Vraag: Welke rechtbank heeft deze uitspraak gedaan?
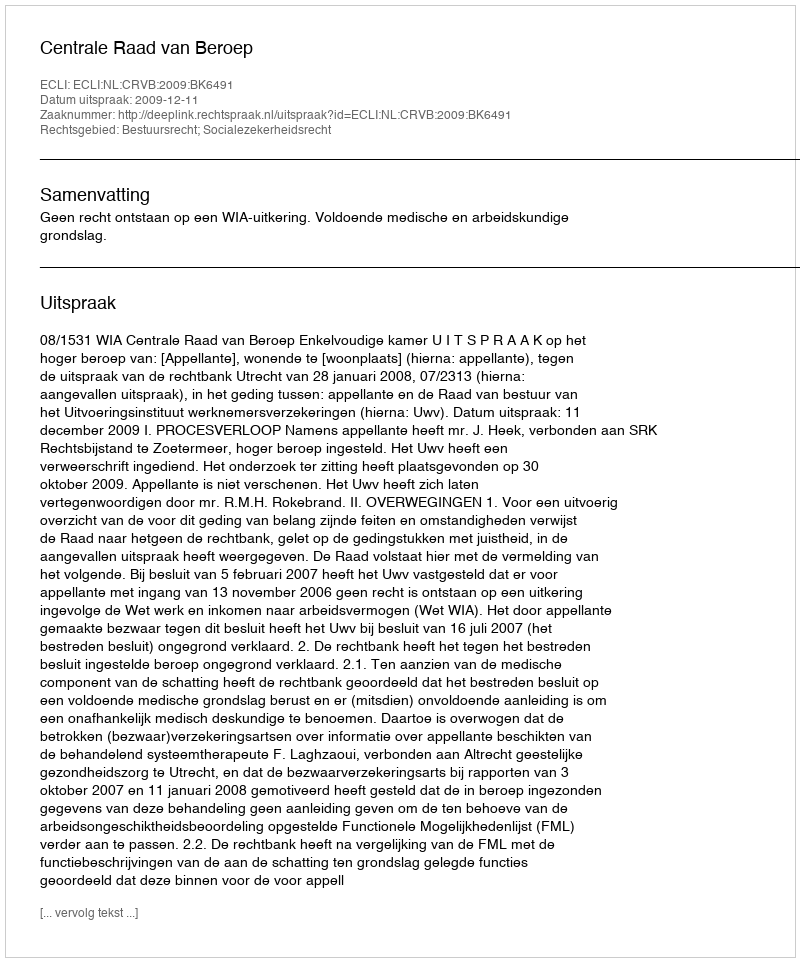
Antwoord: Centrale Raad van Beroep